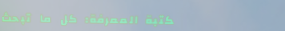
مكتبة المعرفة: كل ما تبحث